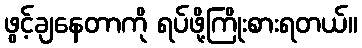
ဖွင့်ချနေတာကို ရပ်ဖို့ကြိုးစားရတယ်။